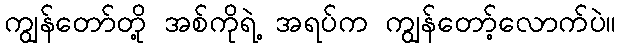
ကျွန်တော်တို့ အစ်ကိုရဲ့ အရပ်က ကျွန်တော့်လောက်ပဲ။